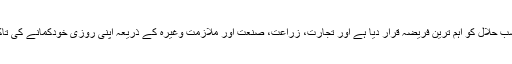
اسلام نے کسبِ حلال کو اہم ترین فریضہ قرار دیا ہے اور تجارت، زراعت، صنعت اور ملازمت وغیرہ کے ذریعہ اپنی روزی خودکمانے کی تاکید کی ہے ۔